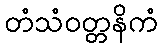
တံသံဝတ္တနိကံ